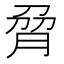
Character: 脋